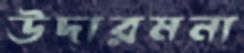
উদারমনা